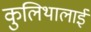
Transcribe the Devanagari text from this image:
कुलिथालाई